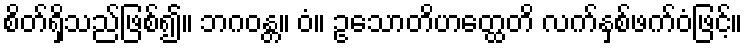
စိတ်ရှိသည်ဖြစ်၍။ ဘဂဝန္တ။ ဝံ။ ဥသောတိဟတ္ထေတိ လက်နှစ်ဖက်ဝံဖြင့်။